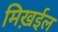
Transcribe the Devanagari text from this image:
मिख़ईल